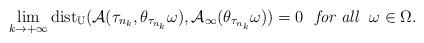
LaTeX: \begin{align*}\lim_{k\to +\infty}\mathrm{dist}_{\mathbb{U}}(\mathcal{A}(\tau_{n_k},\theta_{\tau_{n_k}}\omega),\mathcal{A}_{\infty}(\theta_{\tau_{n_k}}\omega))=0\ \emph{ for all } \ \omega\in\Omega.\end{align*}